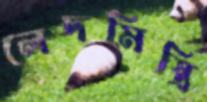
লেদমিস্ত্রি